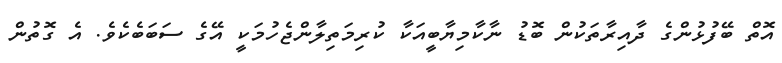
އޮތް ބޭފުޅުންގެ ދާއިރާތަކުން ބޮޑު ނާކާމިޔާބީއަކާ ކުރިމަތިލާންޖެހުމަކީ އޭގެ ސަބަބެކެވެ. އެ ގޮތުން